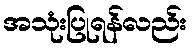
အသုံးပြုရန်လည်း